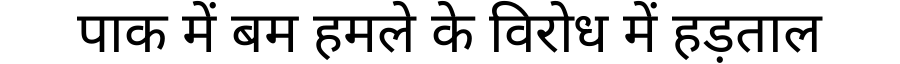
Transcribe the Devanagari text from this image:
पाक में बम हमले के विरोध में हड़ताल